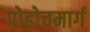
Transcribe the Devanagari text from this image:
पोहोचमार्ग